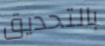
بالتحديق